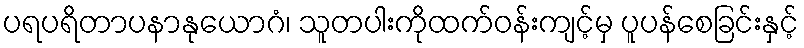
ပရပရိတာပနာနုယောဂံ၊ သူတပါးကိုထက်ဝန်းကျင့်မှ ပူပန်စေခြင်းနှင့်